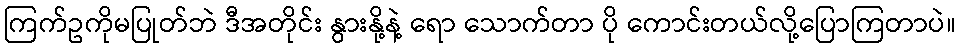
ကြက်ဥကိုမပြုတ်ဘဲ ဒီအတိုင်း နွားနို့နဲ့ ရော သောက်တာ ပို ကောင်းတယ်လို့ပြောကြတာပဲ။